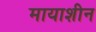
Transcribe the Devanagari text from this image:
मायाशीन